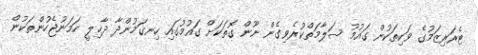
ޓެރަރިޒަމުގެ ވަކިތަކުން ގައުމު ސަލާމަތްކުރެވިގެން ނޫން ގޮތަކަށް ގައުމުގައި ހިނގަމުންދާ ދާޚިލީ ހަމަނުޖެހުންތަކުން